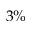
3 \%